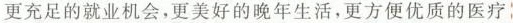
更充足的就业机会，更美好的晚年生活，更方便优质的医疗